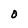
Character: O